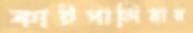
কাটপালিয়ার